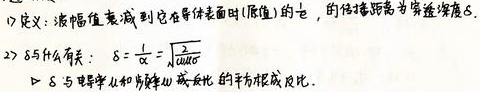
1) 定义：振幅值衰减到它在导体表面时(原值)的$\frac{1}{e}$，的传播距离为穿透深度$\delta$.
2) $\delta$与什么有关：$\delta=\frac{1}{\alpha}=\sqrt{\frac{2}{\omega\mu\sigma}}$
   - $\delta$与电导率$\sigma$和角频率$\omega$乘积的平方根成反比.